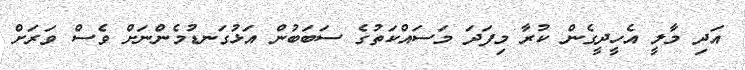
އަދި މާލީ އެހީދީގެން ކުރާ މިފަދަ މަސައްކަތުގެ ސަބަބުން އަޅުގަނޑުމެންނަށް ވެސް ވަރަށް